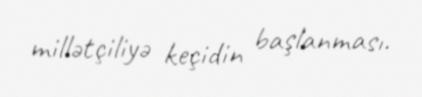
millətçiliyə keçidin başlanması.